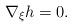
LaTeX: \begin{align*}\nabla_{\xi}h=0.\end{align*}